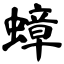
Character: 蟑